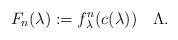
LaTeX: \begin{gather*} F_n(\lambda):=f_\lambda^n(c(\lambda))\quad\Lambda . \end{gather*}